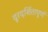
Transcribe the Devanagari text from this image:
दूरदर्शितापूर्ण